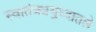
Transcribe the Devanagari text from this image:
स्वातंत्र्ययुध्दातले